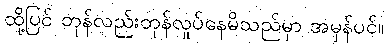
ထို့ပြင် တုန်လည်းတုန်လှုပ်နေမိသည်မှာ အမှန်ပင်။